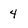
Character: 4